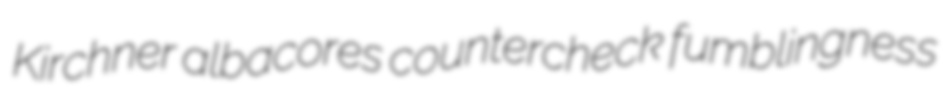
Kirchner albacores countercheck fumblingness